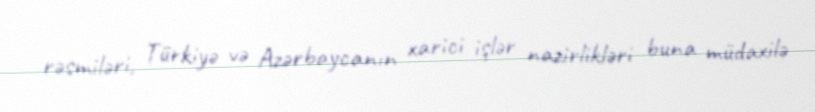
rəsmiləri, Türkiyə və Azərbaycanın xarici işlər nazirlikləri buna müdaxilə